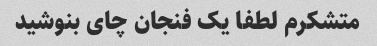
متشکرم لطفا یک فنجان چای بنوشید